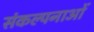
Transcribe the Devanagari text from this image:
संकल्‍पनाओं